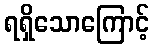
ရရှိသောကြောင့်